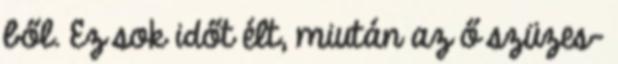
ből. Ez sok időt élt, miután az ő szüzes−